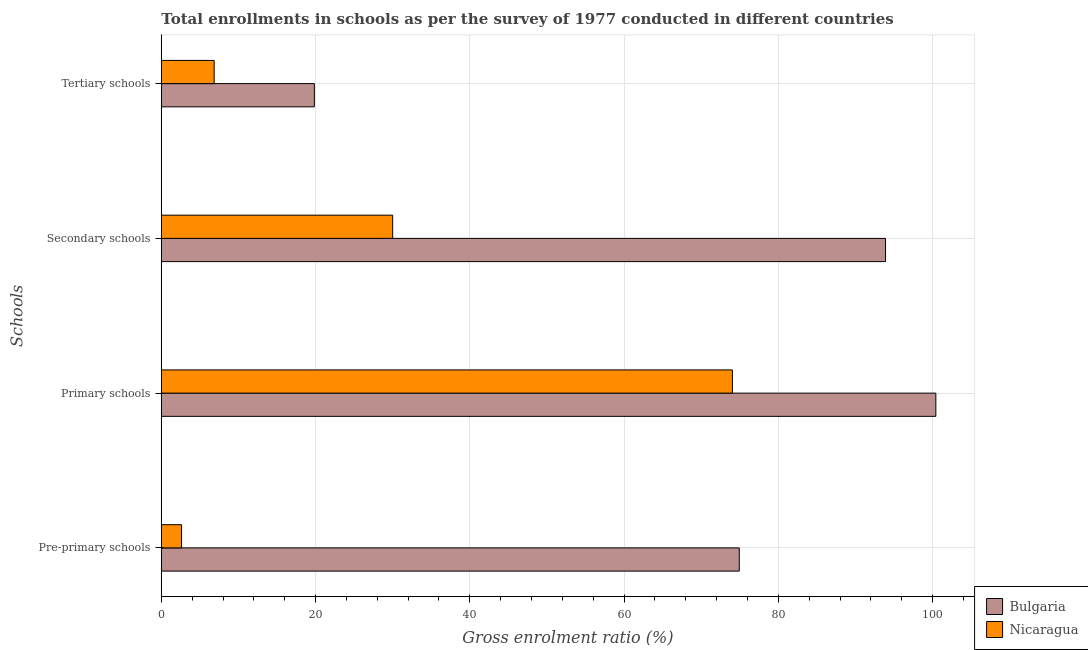
| Schools | Bulgaria | Nicaragua |
 | --- | --- | --- |
 | Pre-primary schools | 74.9 | 2.62 |
 | Primary schools | 100 | 74 |
 | Secondary schools | 93.9 | 30 |
 | Tertiary schools | 19.8 | 6.85 |